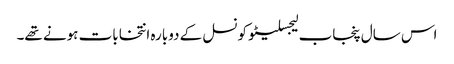
اس سال پنجاب لیجسلیٹو کونسل کے دوبارہ انتخابات ہونے تھے۔